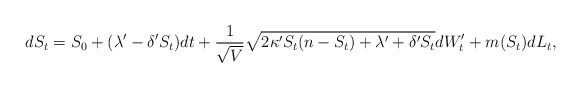
\begin{align*} d S_t = S_0 + (\lambda' -\delta' S_t)dt + \frac{1}{\sqrt{V}}\sqrt{2\kappa' S_t(n - S_t) +\lambda' + \delta' S_t} dW'_t +m(S_t)dL_t, \end{align*}